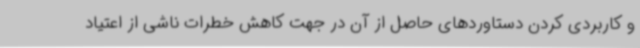
و کاربردی کردن دستاوردهای حاصل از آن در جهت کاهش خطرات ناشی از اعتیاد